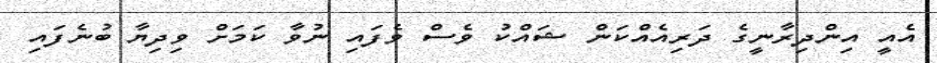
އެއީ އިންދިރާނީގެ ދަރިއެއްކަން ޝައްކު ވެސް ވެފައި ނުވާ ކަމަށް ވިދިޔާ ބުނެފައި